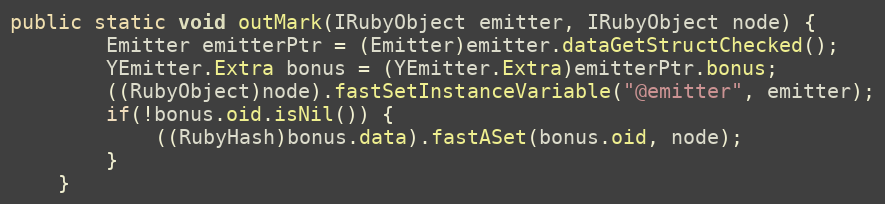
Language: Java
public static void outMark(IRubyObject emitter, IRubyObject node) {
        Emitter emitterPtr = (Emitter)emitter.dataGetStructChecked();
        YEmitter.Extra bonus = (YEmitter.Extra)emitterPtr.bonus;
        ((RubyObject)node).fastSetInstanceVariable("@emitter", emitter);
        if(!bonus.oid.isNil()) {
            ((RubyHash)bonus.data).fastASet(bonus.oid, node);
        }
    }